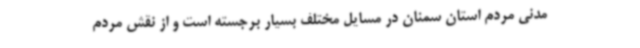
مدنی مردم استان سمنان در مسایل مختلف بسیار برجسته است و از نقش مردم